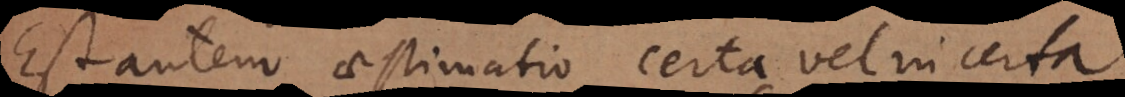
Est autem aestimatio certa vel incerta.